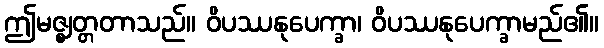
ဤမဇ္ဈတ္တတာသည်။ ဝိပဿနုပေက္ခာ၊ ဝိပဿနုပေက္ခာမည်၏။